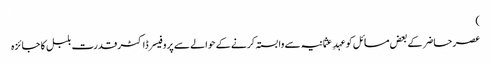
)
عصر حاضر کے بعض مسائل کو عہدِ عثمانیہ سے وابستہ کرنے کے حوالے سے پروفیسر ڈاکٹر قدرت بلبل کا جائزہ